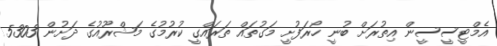
އެމްޓީސީސީން އިތުރަށް ބުނީ ހޯރަފުށީ މަގުތައް ތަރައްގީ ކުރުމުގެ މަޝްރޫއުގެ ދަށުން 5303